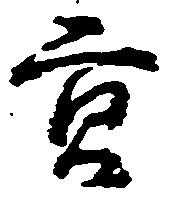
貢